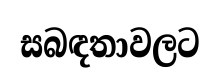
සබඳතාවලට